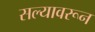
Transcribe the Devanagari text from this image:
सल्यावरून